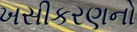
ખસીકરણનો